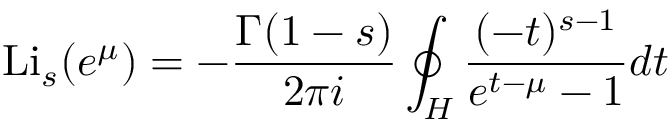
\operatorname { L i } _ { s } ( e ^ { \mu } ) = - { \frac { \Gamma ( 1 - s ) } { 2 \pi i } } \oint _ { H } { \frac { ( - t ) ^ { s - 1 } } { e ^ { t - \mu } - 1 } } d t